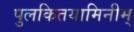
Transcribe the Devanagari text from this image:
पुलकितयामिनीम्